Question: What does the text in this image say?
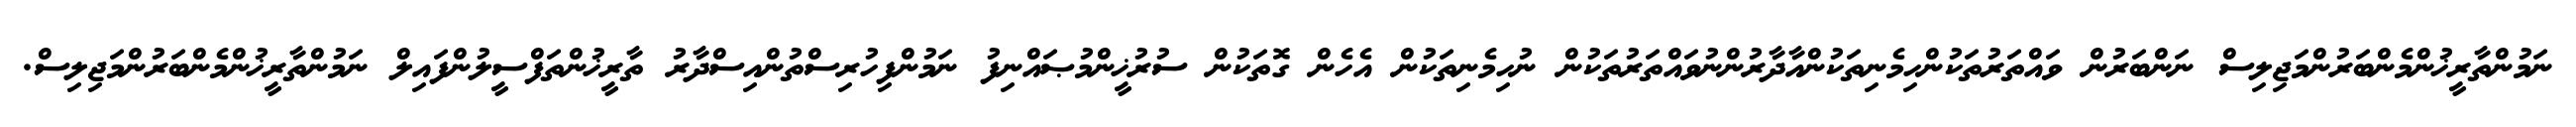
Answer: ނަމުންތާރީޚުންމެންބަރުންމަޖިލިސް ނަންބަރުން ވައްތަރުތަކުންހިމެނިތަކުންއާދާރުންނުވައްތަރުތަކުން ނުހިމެނިތަކުން އެހެން ގޮތަކުން ސުރުޚީންމުޞައްނިފު ނަމުންފިހުރިސްތުންއިސްދާރު ތާރީޚުންތަފްސީލުންފައިލް ނަމުންތާރީޚުންމެންބަރުންމަޖިލިސް.